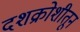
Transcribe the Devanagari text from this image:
दशक्रोशीतून